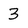
Character: 3